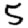
Digit: 5